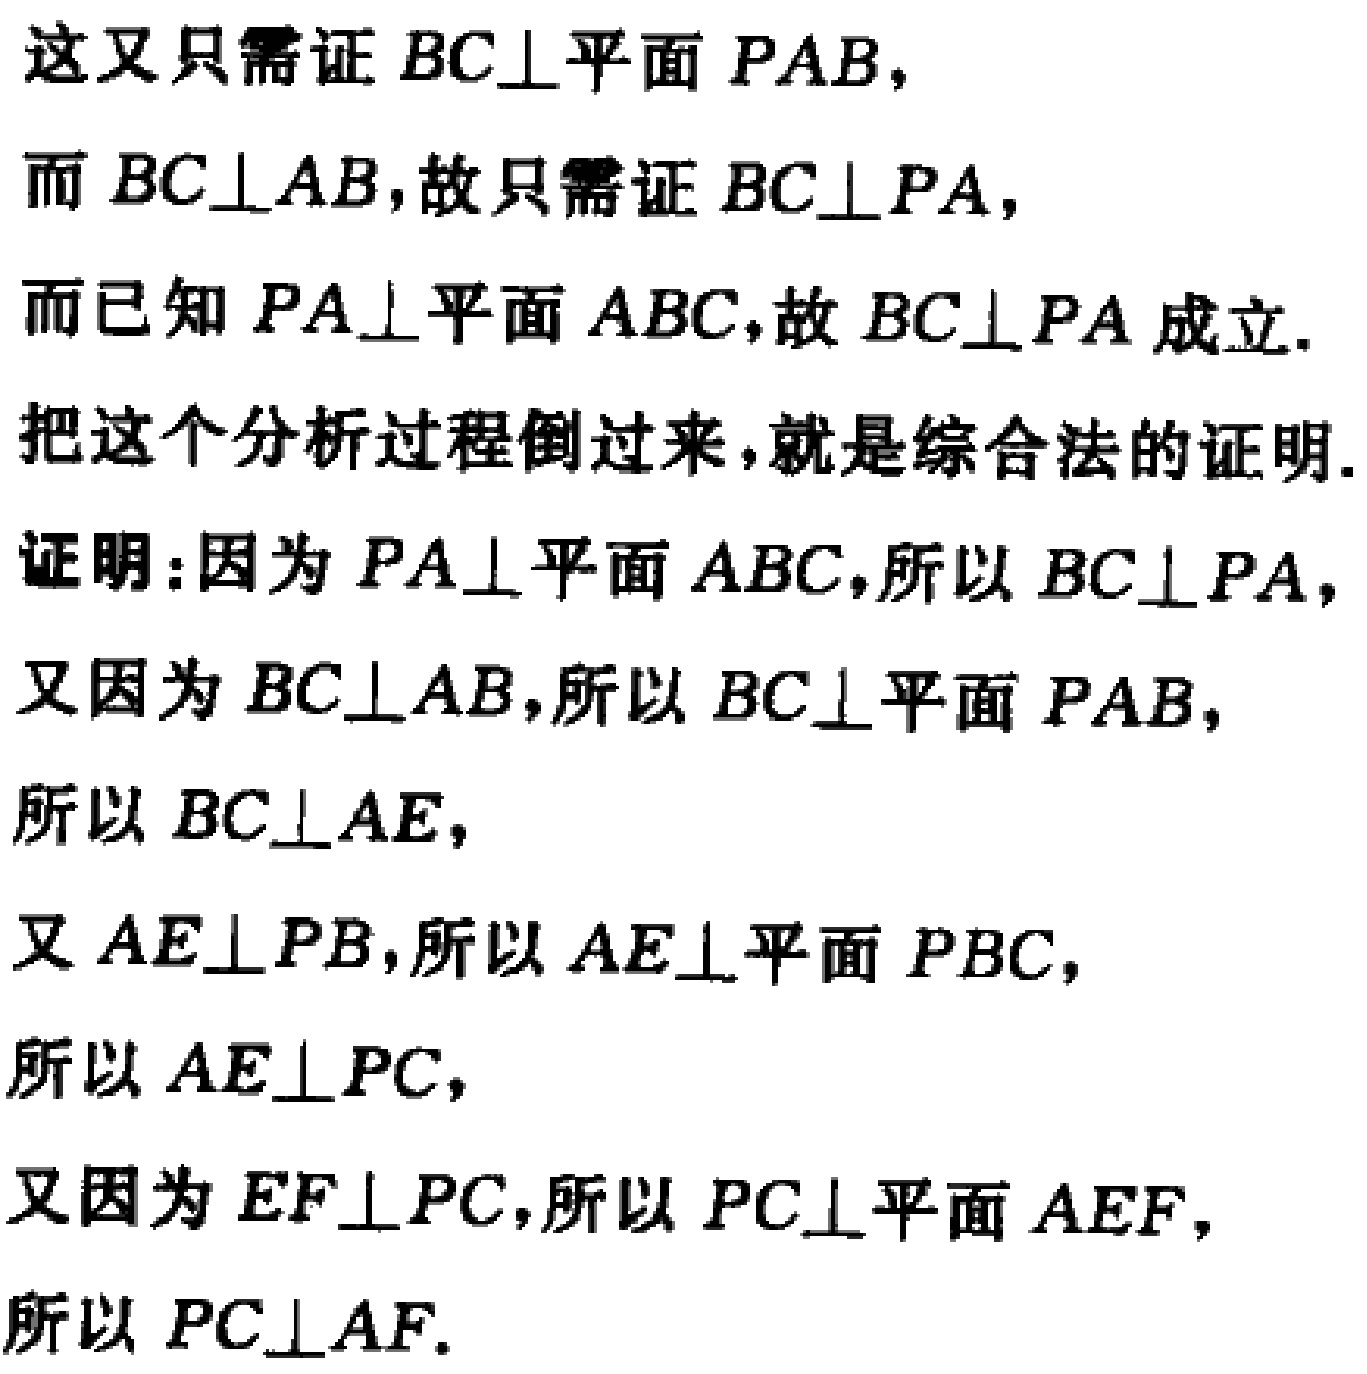
这又只需证 \(BC\perp\)平面 \(PAB\)，
而 \(BC\perp AB\)，故只需证 \(BC\perp PA\)，
而已知 \(PA\perp\)平面 \(ABC\)，故 \(BC\perp PA\)成立.
把这个分析过程倒过来，就是综合法的证明.
证明：因为 \(PA\perp\)平面 \(ABC\)，所以 \(BC\perp PA\)，
又因为 \(BC\perp AB\)，所以 \(BC\perp\)平面 \(PAB\)，
所以 \(BC\perp AE\)，
又 \(AE\perp PB\)，所以 \(AE\perp\)平面 \(PBC\)，
所以 \(AE\perp PC\)，
又因为 \(EF\perp PC\)，所以 \(PC\perp\)平面 \(AEF\)，
所以 \(PC\perp AF\).